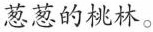
葱葱的桃林。